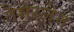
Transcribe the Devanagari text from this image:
तैमरलेन